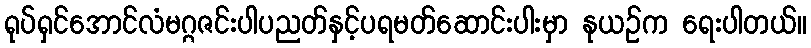
ရုပ်ရှင်အောင်လံမဂ္ဂဇင်းပါပညတ်နှင့်ပရမတ်ဆောင်းပါးမှာ နုယဉ်က ရေးပါတယ်။